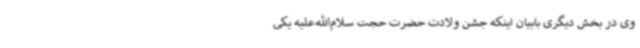
وی در بخش دیگری بابیان اینکه جشن ولادت حضرت حجت سلام‌الله‌علیه یکی